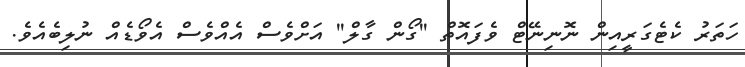
ހަތަރު ކެޓެގަރީއިން ނޮނިނޭޓް ވެފައޮތް ''ގޯން ގާލް'' އަށްވެސް އެއްވެސް އެވޯޑެއް ނުލިބެއެވެ.